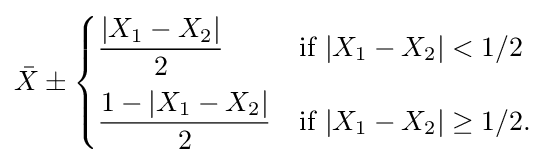
{\bar {X}}\pm {\begin{cases}{\dfrac {|X_{1}-X_{2}|}{2}}&{\text{if }}|X_{1}-X_{2}|<1/2\\[8pt]{\dfrac {1-|X_{1}-X_{2}|}{2}}&{\text{if }}|X_{1}-X_{2}|\geq 1/2.\end{cases}}